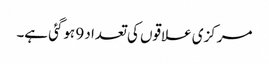
مرکزی علاقوں کی تعداد 9 ہوگئی ہے۔